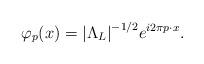
LaTeX: \begin{align*} \varphi_p(x) ={| \Lambda_L|}^{-1/2} e^{ i 2 \pi p \cdot x } .\end{align*}